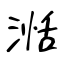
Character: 湉